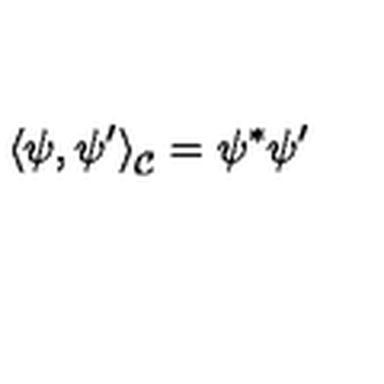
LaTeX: \left\langle \psi , \psi ^ { \prime } \right\rangle _ { \mathcal { C } } = \psi ^ { * } \psi ^ { \prime }